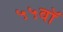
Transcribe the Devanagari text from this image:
५५वॉ